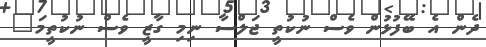
ދެން އެ ބޭފުޅުން ވެސް ނުކުތީ ޖަލްސާ ނިމި ގާޒީ ވެސް ނުކުތީމަ"